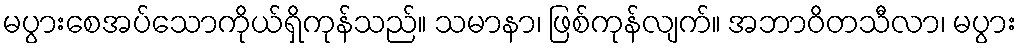
မပွားစေအပ်သောကိုယ်ရှိကုန်သည်။ သမာနာ၊ ဖြစ်ကုန်လျက်။ အဘာဝိတသီလာ၊ မပွား